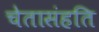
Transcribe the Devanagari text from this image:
चेतासंहति